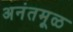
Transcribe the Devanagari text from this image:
अनंतमूळ